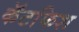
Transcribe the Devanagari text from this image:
कॅटफिश